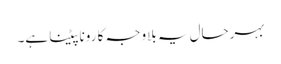
بہرحال یہ بلاوجہ کا رونا پیٹنا ہے۔